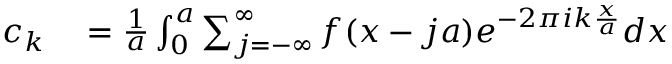
\begin{array} { r l } { c _ { k } } & { { } = \frac { 1 } { a } \int _ { 0 } ^ { a } \sum _ { j = - \infty } ^ { \infty } f ( x - j a ) e ^ { - 2 \pi i k \frac { x } { a } } d x } \end{array}